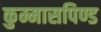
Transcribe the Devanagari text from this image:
कुम्मासपिण्ड